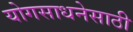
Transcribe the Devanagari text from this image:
योगसाधनेसाठी